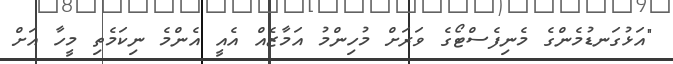
"އަޅުގަނޑުމެންގެ މެނިފެސްޓޯގެ ވަރަށް މުހިންމު އަމާޒެއް އެއީ އެންމެ ނިކަމެތި މީހާ އަށް